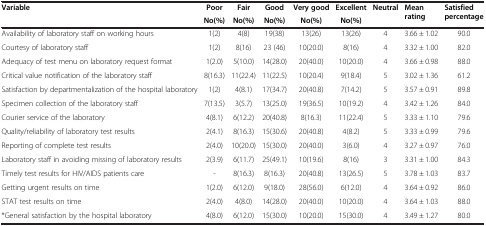
<table><thead><tr><td><b>Variable</b></td><td><b>Poor</b></td><td><b>Fair</b></td><td><b>Good</b></td><td><b>Very good</b></td><td><b>Excellent</b></td><td><b>Neutral</b></td><td><b>Mean rating</b></td><td><b>Satisfied percentage</b></td></tr><tr><td><b> </b></td><td><b>No(%)</b></td><td><b>No(%)</b></td><td><b>No(%)</b></td><td><b>No(%)</b></td><td><b>No(%)</b></td><td><b> </b></td><td><b> </b></td><td><b> </b></td></tr></thead><tbody><tr><td>Availability of laboratory staff on working hours</td><td>1(2)</td><td>4(8)</td><td>19(38)</td><td>13(26)</td><td>13(26)</td><td>4</td><td>3.66 ± 1.02</td><td>90.0</td></tr><tr><td>Courtesy of laboratory staff</td><td>1(2)</td><td>8(16)</td><td>23 (46)</td><td>10(20.0)</td><td>8(16)</td><td>4</td><td>3.32 ± 1.00</td><td>82.0</td></tr><tr><td>Adequacy of test menu on laboratory request format</td><td>1(2.0)</td><td>5(10.0)</td><td>14(28.0)</td><td>20(40.0)</td><td>10(20.0)</td><td>4</td><td>3.66 ± 0.98</td><td>88.0</td></tr><tr><td>Critical value notification of the laboratory staff</td><td>8(16.3)</td><td>11(22.4)</td><td>11(22.5)</td><td>10(20.4)</td><td>9(18.4)</td><td>5</td><td>3.02 ± 1.36</td><td>61.2</td></tr><tr><td>Satisfaction by departmentalization of the hospital laboratory</td><td>1(2)</td><td>4(8.1)</td><td>17(34.7)</td><td>20(40.8)</td><td>7(14.2)</td><td>5</td><td>3.57 ± 0.91</td><td>89.8</td></tr><tr><td>Specimen collection of the laboratory staff</td><td>7(13.5)</td><td>3(5.7)</td><td>13(25.0)</td><td>19(36.5)</td><td>10(19.2)</td><td>4</td><td>3.42 ± 1.26</td><td>84.0</td></tr><tr><td>Courier service of the laboratory</td><td>4(8.1)</td><td>6(12.2)</td><td>20(40.8)</td><td>8(16.3)</td><td>11(22.4)</td><td>5</td><td>3.33 ± 1.10</td><td>79.6</td></tr><tr><td>Quality/reliability of laboratory test results</td><td>2(4.1)</td><td>8(16.3)</td><td>15(30.6)</td><td>20(40.8)</td><td>4(8.2)</td><td>5</td><td>3.33 ± 0.99</td><td>79.6</td></tr><tr><td>Reporting of complete test results</td><td>2(4.0)</td><td>10(20.0)</td><td>15(30.0)</td><td>20(40.0)</td><td>3(6.0)</td><td>4</td><td>3.27 ± 0.97</td><td>76.0</td></tr><tr><td>Laboratory staff in avoiding missing of laboratory results</td><td>2(3.9)</td><td>6(11.7)</td><td>25(49.1)</td><td>10(19.6)</td><td>8(16)</td><td>3</td><td>3.31 ± 1.00</td><td>84.3</td></tr><tr><td>Timely test results for HIV/AIDS patients care</td><td>-</td><td>8(16.3)</td><td>8(16.3)</td><td>20(40.8)</td><td>13(26.5)</td><td>5</td><td>3.78 ± 1.03</td><td>83.7</td></tr><tr><td>Getting urgent results on time</td><td>1(2.0)</td><td>6(12.0)</td><td>9(18.0)</td><td>28(56.0)</td><td>6(12.0)</td><td>4</td><td>3.64 ± 0.92</td><td>86.0</td></tr><tr><td>STAT test results on time</td><td>2(4.0)</td><td>4(8.0)</td><td>14(28.0)</td><td>20(40.0)</td><td>10(20.0)</td><td>4</td><td>3.64 ± 1.03</td><td>88.0</td></tr><tr><td>*General satisfaction by the hospital laboratory</td><td>4(8.0)</td><td>6(12.0)</td><td>15(30.0)</td><td>10(20.0)</td><td>15(30.0)</td><td>4</td><td>3.49 ± 1.27</td><td>80.0</td></tr></tbody></table>